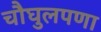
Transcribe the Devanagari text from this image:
चौघुलपणा